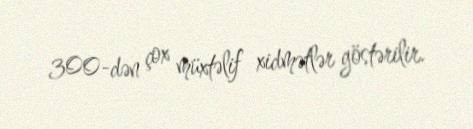
300-dən çox müxtəlif xidmətlər göstərilir.